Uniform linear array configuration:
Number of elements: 16
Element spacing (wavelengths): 1
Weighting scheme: cosine
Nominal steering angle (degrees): -30
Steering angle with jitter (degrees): -31.062
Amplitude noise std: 0.05
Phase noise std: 0.05

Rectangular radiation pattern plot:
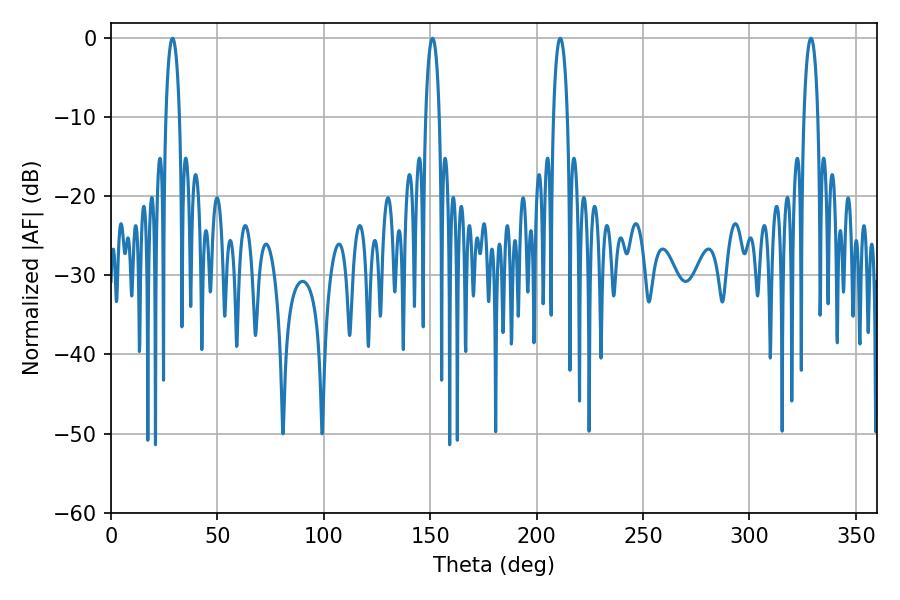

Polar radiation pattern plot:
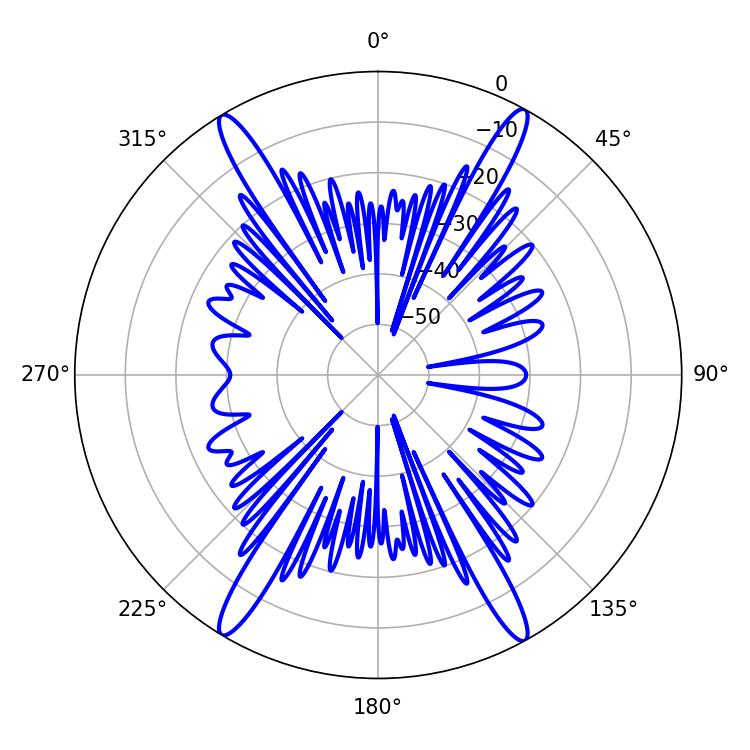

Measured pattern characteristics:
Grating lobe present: TRUE
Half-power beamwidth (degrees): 3.6
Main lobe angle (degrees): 211.14